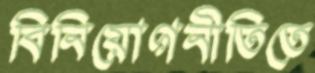
বিনিয়োগনীতিতে